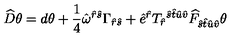
\widehat { D } \theta = d \theta + \frac { 1 } { 4 } \hat { \omega } ^ { \hat { r } \hat { s } } \Gamma _ { \hat { r } \hat { s } } + \hat { e } ^ { \hat { r } } T _ { \hat { r } } { } ^ { \hat { s } \hat { t } \hat { u } \hat { v } } \widehat { F } _ { \hat { s } \hat { t } \hat { u } \hat { v } } \theta